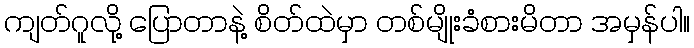
ကျတ်ဂူလို့ ပြောတာနဲ့ စိတ်ထဲမှာ တစ်မျိုးခံစားမိတာ အမှန်ပါ။